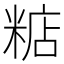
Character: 𥺦